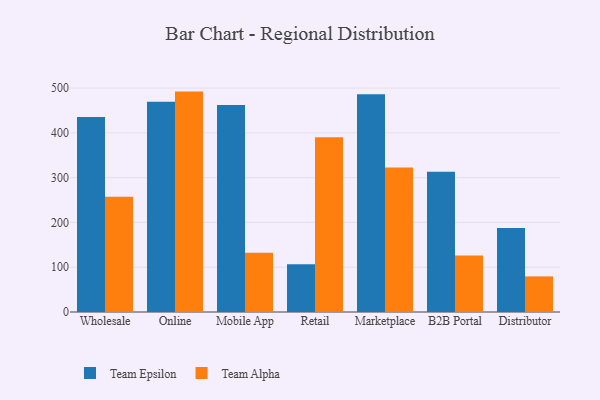
{"axis": {"x": "Channel", "y": "Population (Million)"}, "legend": ["Team Alpha", "Team Epsilon"], "data": [{"x": "Wholesale", "y": 435.5, "type": "Team Epsilon"}, {"x": "Wholesale", "y": 257.6, "type": "Team Alpha"}, {"x": "Online", "y": 469.3, "type": "Team Epsilon"}, {"x": "Online", "y": 492.1, "type": "Team Alpha"}, {"x": "Mobile App", "y": 462.3, "type": "Team Epsilon"}, {"x": "Mobile App", "y": 132.2, "type": "Team Alpha"}, {"x": "Retail", "y": 106.8, "type": "Team Epsilon"}, {"x": "Retail", "y": 390.2, "type": "Team Alpha"}, {"x": "Marketplace", "y": 486.2, "type": "Team Epsilon"}, {"x": "Marketplace", "y": 322.8, "type": "Team Alpha"}, {"x": "B2B Portal", "y": 312.9, "type": "Team Epsilon"}, {"x": "B2B Portal", "y": 126.0, "type": "Team Alpha"}, {"x": "Distributor", "y": 187.4, "type": "Team Epsilon"}, {"x": "Distributor", "y": 79.5, "type": "Team Alpha"}]}